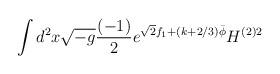
LaTeX: \begin{align*}\int d^2 x \sqrt{-g} \frac{(-1)}{2} e^{\sqrt{2} f_1 + (k + 2/3) \bar{\phi}} H^{(2) 2}\end{align*}